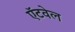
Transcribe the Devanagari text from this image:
ऍटवेल